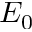
E _ { 0 }